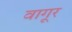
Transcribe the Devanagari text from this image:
वागूर